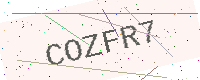
Text: COZFR7